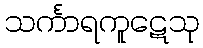
သင်္ကာရကူဋေသု